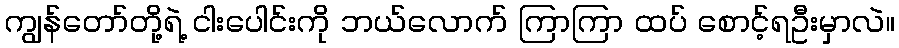
ကျွန်တော်တို့ရဲ့ ငါးပေါင်းကို ဘယ်လောက် ကြာကြာ ထပ် စောင့်ရဦးမှာလဲ။